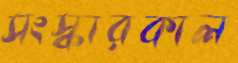
সংস্কারকাল